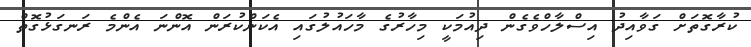
ކުރާގޮތަށް ގަވާއިދު އިސްލާހްވެގެން ދިއުމަކީ މިހާރުގެ މާހައުލުގައި އެކަންކުރަން އޮންނަ އެންމެ ރަނގަޅުގޮތް